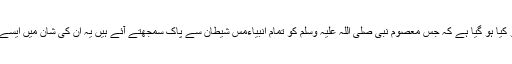
معلوم نہیں ان لوگوں کو کیا ہو گیا ہے کہ جس معصوم نبی صلی اللہ علیہ وسلم کو تمام انبیاءمسّ شیطان سے پاک سمجھتے آئے ہیں یہ ان کی شان میں ایسے ایسے الفاظ بولتے ہیں۔